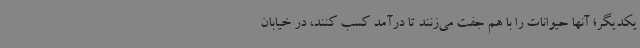
یکدیگر؛ آنها حیوانات را با هم جفت می‌زنند تا درآمد کسب کنند، در خیابان